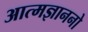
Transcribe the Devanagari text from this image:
आत्मज्ञाननो